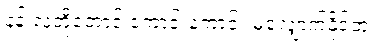
နန်းလုံတို့တောင် ကောင်းကောင်း မလျှောက်နိုင်ဘူး။